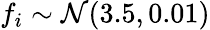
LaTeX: f_{i}\sim{\cal N}(3.5,0.01)